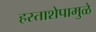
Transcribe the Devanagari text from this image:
हस्ताशेपामुळे